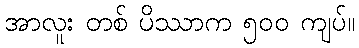
အာလူး တစ် ပိဿာက ၅၀၀ ကျပ်။